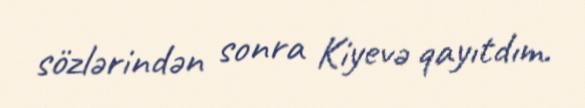
sözlərindən sonra Kiyevə qayıtdım.